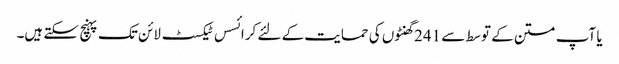
یا آپ متن کے توسط سے 241 گھنٹوں کی حمایت کے لئے کرائسس ٹیکسٹ لائن تک پہنچ سکتے ہیں۔